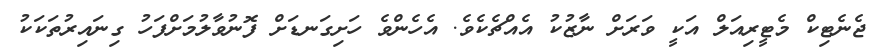
ޖެނެޓިކް މެޓީރިއަލް އަކީ ވަރަށް ނާޒުކު އެއްޗެކެވެ. އެހެންވެ ހަށިގަނޑަށް ފޮނުވާލުމަށްފަހު ގިނައިރުތަކަކު